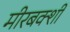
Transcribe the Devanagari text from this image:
मीरबक्शी